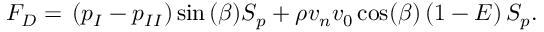
F _ { D } = { } \left( { p _ { I } } - { p _ { I I } } \right) \sin { ( \beta ) } { S _ { p } } + \rho { v _ { n } } v _ { 0 } \cos ( \beta ) \left( 1 - E \right) { S _ { p } } .